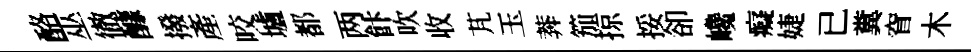
酪巫徹醵撥産咬壚都两飰吹收芃玉莾笳掠挼卻巉癡婕已糞窅木